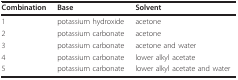
| Combination | Base | Solvent |
 | --- | --- | --- |
 | 1 | potassium hydroxide | acetone |
 | 2 | potassium carbonate | acetone |
 | 3 | potassium carbonate | acetone and water |
 | 4 | potassium carbonate | lower alkyl acetate |
 | 5 | potassium carbonate | lower alkyl acetate and water |